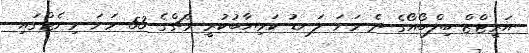
އަރީޓްޒް ބިލްބޯއޯގެ ދެ ވަނަ ލަނޑު ކަމިޔާބުކުރީ މެޗްގެ 53 ވަނަ މިނެޓްގައި